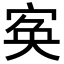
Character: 𡨡